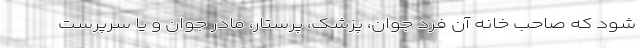
شود که صاحب خانه آن فرد جوان، پزشک، پرستار، مادر جوان و یا سرپرست